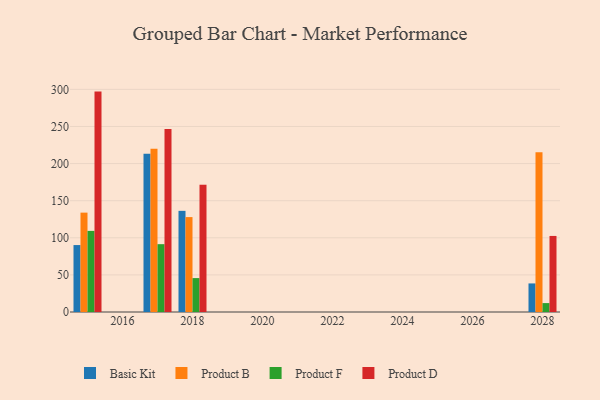
{"axis": {"x": "Year", "y": "Customer Acquisition Cost (USD)"}, "legend": ["Basic Kit", "Product B", "Product D", "Product F"], "data": [{"x": "2017", "y": 213.1, "type": "Basic Kit"}, {"x": "2017", "y": 220.0, "type": "Product B"}, {"x": "2017", "y": 91.4, "type": "Product F"}, {"x": "2017", "y": 246.5, "type": "Product D"}, {"x": "2018", "y": 136.3, "type": "Basic Kit"}, {"x": "2018", "y": 127.9, "type": "Product B"}, {"x": "2018", "y": 45.7, "type": "Product F"}, {"x": "2018", "y": 171.5, "type": "Product D"}, {"x": "2015", "y": 90.2, "type": "Basic Kit"}, {"x": "2015", "y": 133.9, "type": "Product B"}, {"x": "2015", "y": 109.3, "type": "Product F"}, {"x": "2015", "y": 297.0, "type": "Product D"}, {"x": "2028", "y": 38.5, "type": "Basic Kit"}, {"x": "2028", "y": 215.4, "type": "Product B"}, {"x": "2028", "y": 12.0, "type": "Product F"}, {"x": "2028", "y": 102.5, "type": "Product D"}]}